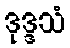
ဒုဒ္ဒသံ